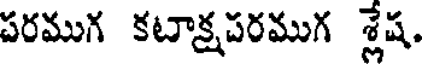
పరముగ కటాక్షపరముగ శ్లేష.